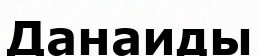
Данаиды